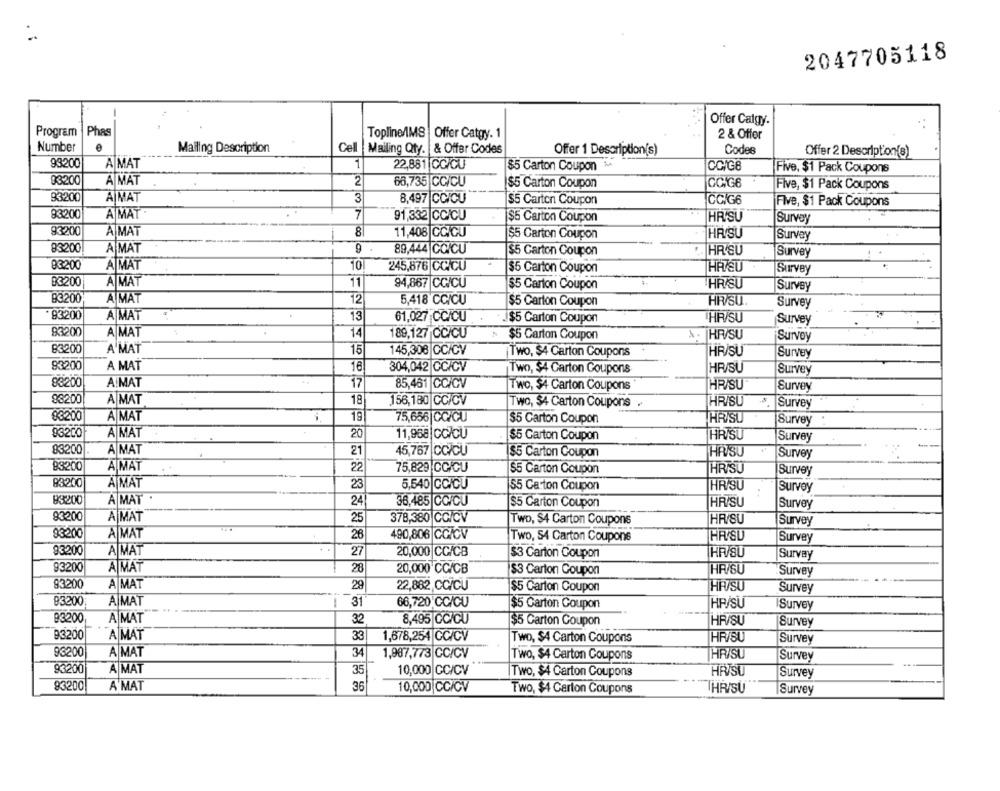
2047705118
Offer Calgy.
Program
Phas
2 & Offer
Topline/IMS Offer Catgy. 1
Number
Mailing Description
Cel
Mailing Qty. & Offer Codes
Offer 1 Description(s)
Codes
Offer 2 Description(s)
93200
A MAT
1
22,881 |CC/CU
$5 Carton Coupon
CCIGB
Five, $1 Pack Coupons
93200
A MAT
2
66,735 CC/CU
GCIGE
$5 Carton Coupon
Five, $1 Pack Coupons
93200
A MAT
3
8,497 |CCICU
$5 Carton Coupon
CCIG6
Five, $1 Pack Coupons
93200
A MAT
7
91,332 |CC/CU
$5 Carton Coupon
HR SU
Survey
93200
A MAT
8
11,408 |CC/CU
$5 Carton Coupon
HR SU
Survey
83200
A MAT
9
89,444 CC/CU
$5 Carton Coupon
HR/SU
Survey
83200
AMAT
10
245,876 |CC/CU
$5 Carton Coupon
HAVEU
Survey
B3200
A MAT
11
94,867 CC/CU
$5 Carton Coupon
HR/SU
Survey
83200
A MAT
12
5,418 CC/CU
$5 Carton Coupon
HR/SU
Survey
93200
A MAT
13
61,027 CC/CU
$5 Carton Coupon
THR/SU
Survey
83200
A MAT
14
189,127 CC/CU
$5 Carton Coupon
HR/SU
Survoy
83200
A MAT
15
145,308 CC/CV
Two, $4 Carton Coupons
HR/SU
Survey
83200
A MAT
1€
304,042|CC/CV
wo, $4 Carton Coupons
HR/SU
Survey
83200
A MAT
17
85,461 |CC/CV
Two, $4 Carton Coupons
HR/SU
Survey
88200
A MAT
18
156,180 CC/CV
HR/SU
Survey
Two, $4 Carton Coupons .
88200
A MAT
19
75,656 |CC/CU
$5 Carton Coupon
THR/SU
Survey
93200
A MAT
20
11,958|CC/CU
HR/SU
$5 Carton Coupon
Survey
83200
A MAT
45,767 CC/CU
HR/SU
21
$5 Carton Coupon
Survey
83200
A MAT
22
75,829 CC/CU
55 Carton Coupon
HRISU
Survey
A MAT
83200
23
5,540 GCICU
55 Carton Coupon
HR/SU
Survoy
..
B3200
A MAT
24
38,485 |CC/CU
$5 Carton Coupon
HR/SU
|Survey
93200
A MAT
25
378,380 CC/CV
Two, $4 Carton Coupons
HR/SU
Survey
93200
A MAT
26
490,806 CG/CV
Two, 54 Carton Coupons
HRYSU
Survey
. .
93200
A MAT
27
20,000|CC/CB
$3 Carton Coupon
HAV/SU
Survay
93200
A MAT
28
20,000 CC/CB
$3 Carton Coupon
HRYSU
Survey
93200
A MAT
22,882,CC/CU
HEYSU
29
$5 Carton Coupon
Survey
A|MAT
93200
31
66,720 CC/CU
$5 Carton Coupon
HP/SU
ISurvey
93200
A MAT
32
8,495 CC/CU
$5 Carton Coupon
HRV/SU
Survey
93200
A MAT
33
1,678,254 |CC/CV
Two, $4 Carton Coupons
HR/SU
Survey
93200
A MAT
34
1,987,773|CC/CV
Two, $4 Carton Coupons
HR/SU
Survey
..
93200
A MAT
35
10,000 CC/CV
Two, $4 Carton Coupons
HR/SU
Survey
83200
A'MAT
36
10,000 CC/CV
HR/SU
Two, $4 Carton Coupons
Survey